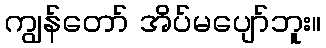
ကျွန်တော် အိပ်မပျော်ဘူး။